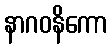
နာဂဝနိကော